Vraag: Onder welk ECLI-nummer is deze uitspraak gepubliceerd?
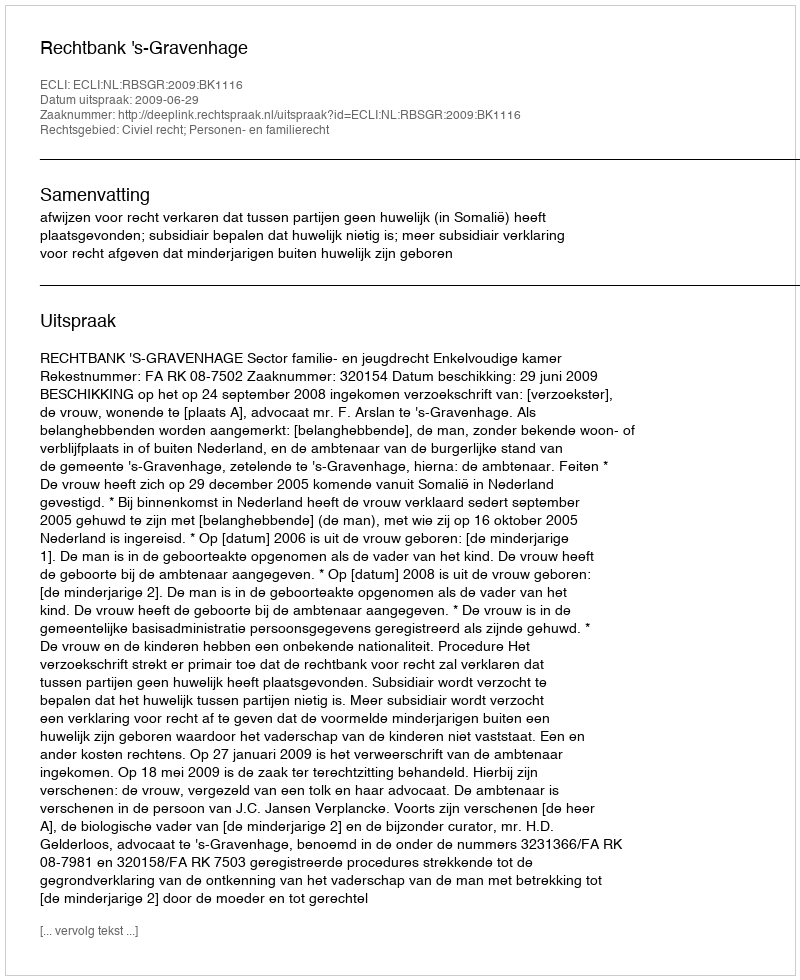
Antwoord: ECLI:NL:RBSGR:2009:BK1116